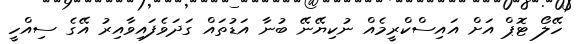
ހޭލޯ ޓޮޕް އަށް އައިސްކްރީމެއް ނުކިޔޭނޭ ބުނާ އަޑުތައް ގަދަވެފައިވާއިރު އޭގެ ސިއްހީ